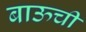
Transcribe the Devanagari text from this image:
बाऊची